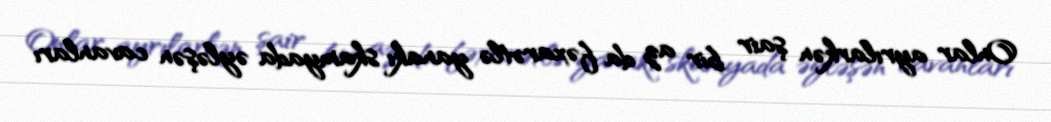
Onlar ayrılarkən şair bir az da fəxarətlə yanakı skamyada əyləşən cavanları